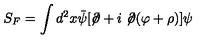
S _ { F } = \int d ^ { 2 } x { \bar { \psi } } [ \not \! \partial + i \not \! \partial ( \varphi + \rho ) ] \psi